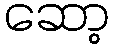
ဆော့